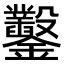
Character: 鑿